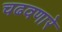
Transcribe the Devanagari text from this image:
चढवणारे